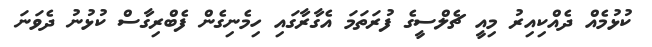
ކުޅުމެއް ދެއްކިއިރު މިއީ ޗެލްސީގެ ފުރަތަމަ އެގާރާގައި ހިމެނިގެން ފެބްރިގާސް ކުޅުނު ދެވަނަ